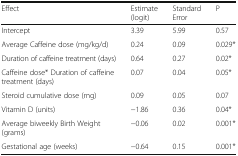
<table><thead><tr><td><b>Effect</b></td><td><b>Estimate (logit)</b></td><td><b>Standard Error</b></td><td><b>P</b></td></tr></thead><tbody><tr><td>Intercept</td><td>3.39</td><td>5.99</td><td>0.57</td></tr><tr><td>Average Caffeine dose (mg/kg/d)</td><td>0.24</td><td>0.09</td><td>0.029*</td></tr><tr><td>Duration of caffeine treatment (days)</td><td>0.64</td><td>0.27</td><td>0.02*</td></tr><tr><td>Caffeine dose* Duration of caffeine treatment (days)</td><td>0.07</td><td>0.04</td><td>0.05*</td></tr><tr><td>Steroid cumulative dose (mg)</td><td>0.09</td><td>0.05</td><td>0.07</td></tr><tr><td>Vitamin D (units)</td><td>−1.86</td><td>0.36</td><td>0.04*</td></tr><tr><td>Average biweekly Birth Weight (grams)</td><td>−0.06</td><td>0.02</td><td>0.001*</td></tr><tr><td>Gestational age (weeks)</td><td>−0.64</td><td>0.15</td><td>0.001*</td></tr></tbody></table>